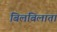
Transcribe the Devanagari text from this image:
बिलबिलाता